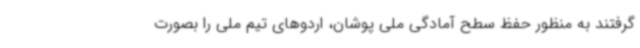
گرفتند به منظور حفظ سطح آمادگی ملی پوشان، اردوهای تیم ملی را بصورت